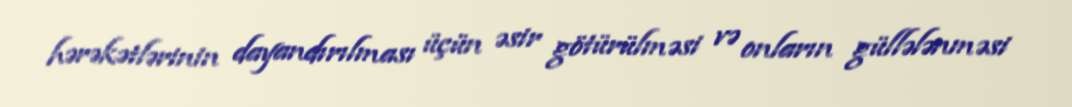
hərəkətlərinin dayandırılması üçün əsir götürülməsi və onların güllələnməsi